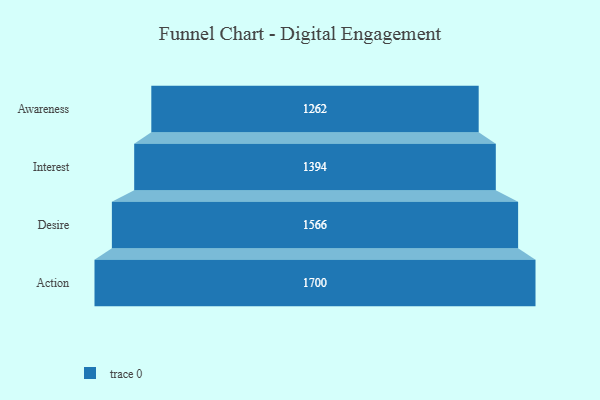
{"axis": {"x": "Stage", "y": "Value"}, "legend": [""], "data": [{"x": "Awareness", "y": 1262.0, "type": ""}, {"x": "Interest", "y": 1394.0, "type": ""}, {"x": "Desire", "y": 1566.0, "type": ""}, {"x": "Action", "y": 1700.0, "type": ""}]}